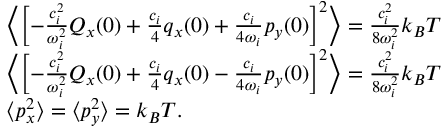
\begin{array} { r l } & { \Bigl \langle \Bigl [ - \frac { c _ { i } ^ { 2 } } { \omega _ { i } ^ { 2 } } Q _ { x } ( 0 ) + \frac { c _ { i } } { 4 } q _ { x } ( 0 ) + \frac { c _ { i } } { 4 \omega _ { i } } p _ { y } ( 0 ) \Bigr ] ^ { 2 } \Bigr \rangle = \frac { c _ { i } ^ { 2 } } { 8 \omega _ { i } ^ { 2 } } k _ { B } T } \\ & { \Bigl \langle \Bigl [ - \frac { c _ { i } ^ { 2 } } { \omega _ { i } ^ { 2 } } Q _ { x } ( 0 ) + \frac { c _ { i } } { 4 } q _ { x } ( 0 ) - \frac { c _ { i } } { 4 \omega _ { i } } p _ { y } ( 0 ) \Bigr ] ^ { 2 } \Bigr \rangle = \frac { c _ { i } ^ { 2 } } { 8 \omega _ { i } ^ { 2 } } k _ { B } T } \\ & { \langle { p } _ { x } ^ { 2 } \rangle = \langle { p } _ { y } ^ { 2 } \rangle = k _ { B } T . } \end{array}